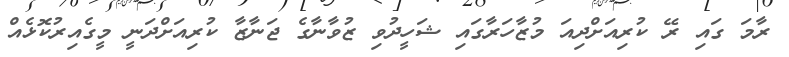
ރާމަ ގައި ރޭ ކުރިއަށްދިއަ މުޒާހަރާގައި ޝަހީދުވި ޒުވާނާގެ ޖަނާޒާ ކުރިއަށްދަނީ މީގެއިރުކޮޅެއް